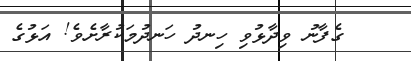
ގެފާނު ވިދާޅުވި ހިނދު ހަނދުމަކުރާށެވެ! އަޅުގެ